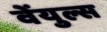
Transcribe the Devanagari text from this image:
वेंयुल्स